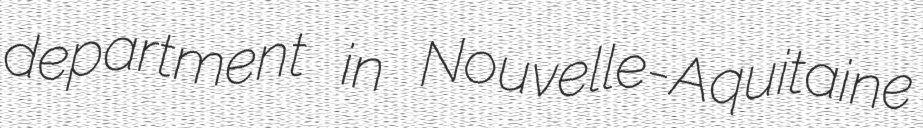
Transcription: department in Nouvelle-Aquitaine